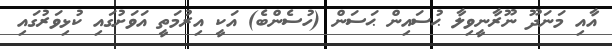
އާއި މަނަދޫ ނޫރާނީވިލާ ޙުސައިން ޙަސަން (ހުސެންބެ) އަކީ އިރުމަތީ އަވަށުގައި ކުޅިވަރުގައި